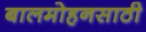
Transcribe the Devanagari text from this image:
बालमोहनसाठी